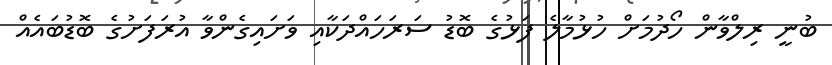
ބުނީ ރިލްވާން ހޯދުމަށް ހުޅުމާލެ ފަޅުގެ ބޮޑު ސަރަހައްދަކާއި ވަށައިގެންވާ އުރަފަށުގެ ބޮޑުބައެއް